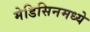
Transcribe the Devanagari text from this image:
मेडिसिनमध्ये